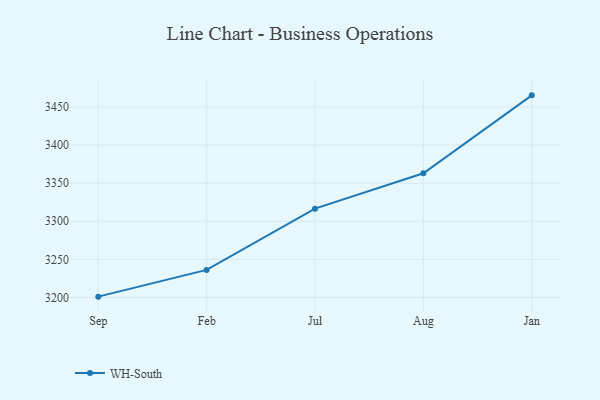
{"axis": {"x": "Month", "y": "Temperature (°C)"}, "legend": ["WH-South"], "data": [{"x": "Sep", "y": 3201.0, "type": "WH-South"}, {"x": "Feb", "y": 3236.1, "type": "WH-South"}, {"x": "Jul", "y": 3316.5, "type": "WH-South"}, {"x": "Aug", "y": 3362.9, "type": "WH-South"}, {"x": "Jan", "y": 3465.2, "type": "WH-South"}]}